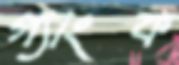
গ্যাংক